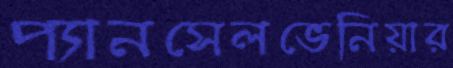
প্যানসেলভেনিয়ার